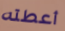
أعطته